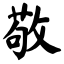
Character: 敬